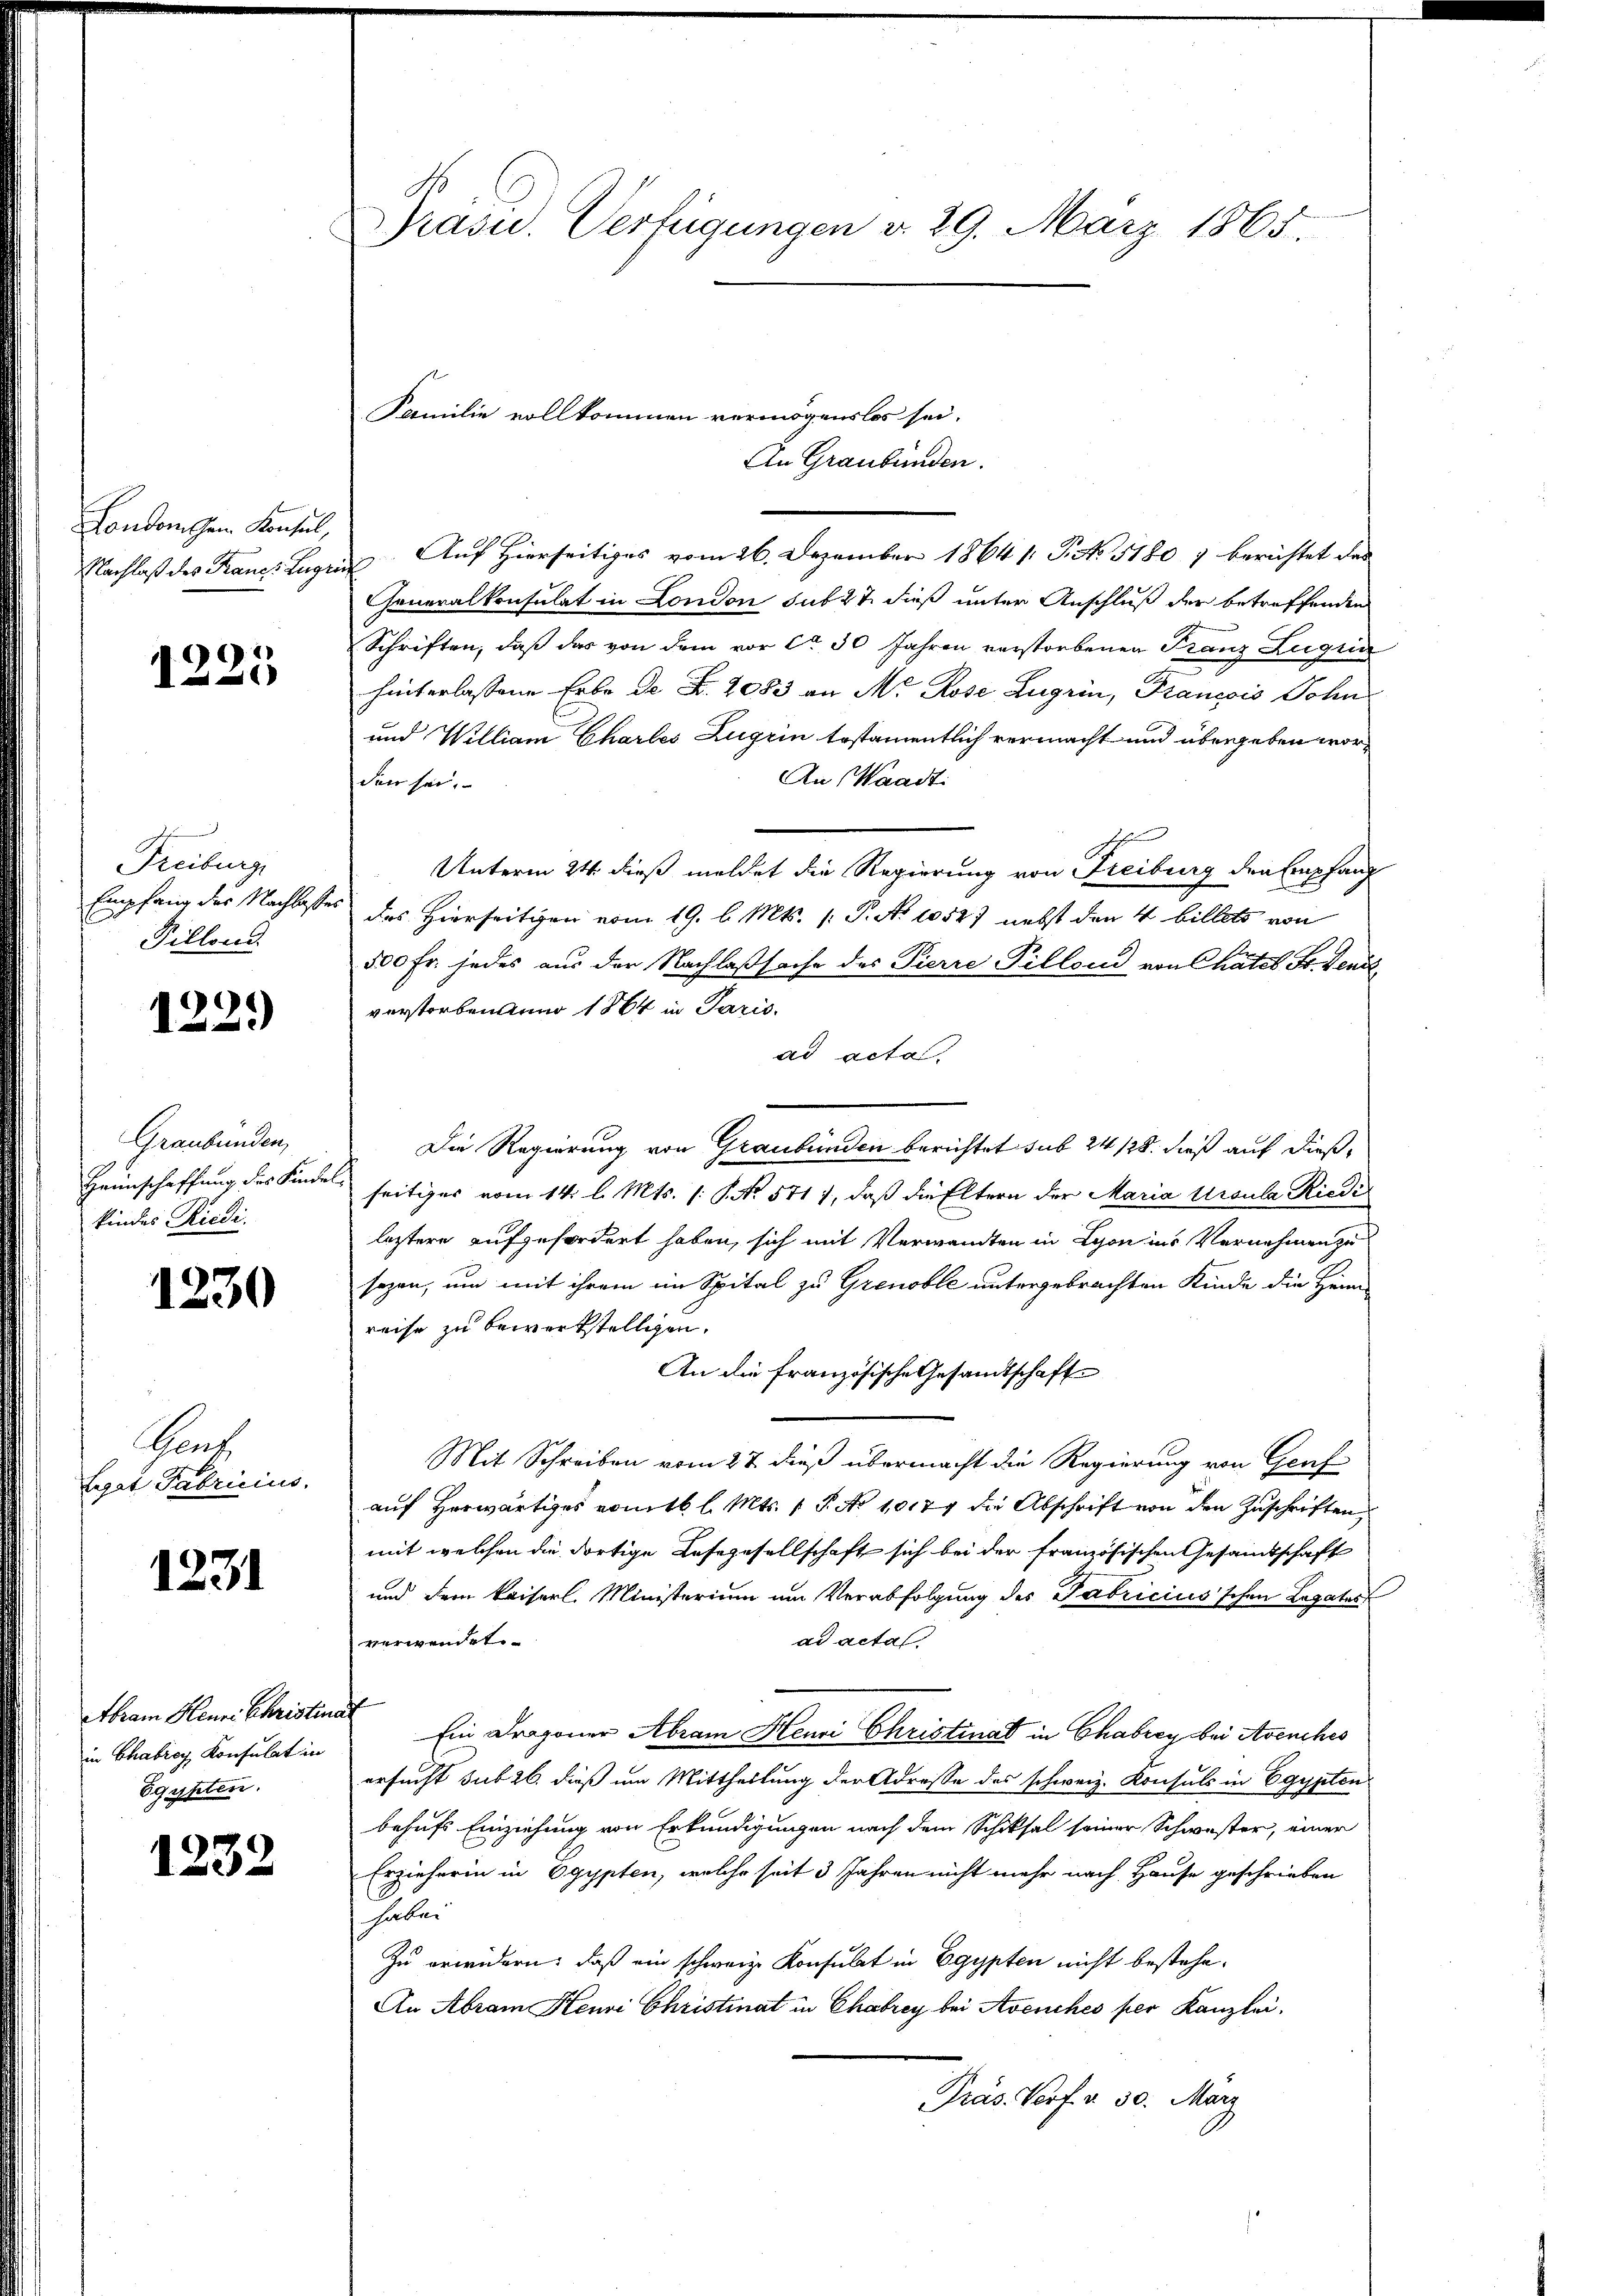
Condon dem Konsul,
Nachlaß des Francs. Zugr

1225

Freiburg
Empfang des Nachlasse
Pillon

1229

Graubünden,
Heimschaffung des Kindel
kindes Riedi

1230

Theat
Legat Fabricius,

1231

Abram Herr Christin
in Chabrey Konsulat in
Egypten.

1232

Präsid. Verfügungen d. 29. März 1865.

An Graubünden.
. Auf Hierseitiges vom 26. Dezember 1864 1: P. No. 5180) berichtet das
Generalkonsulat in London sub 27. dieß unter Anschluß der betreffenden
Schriften, daß das von dem vor ca 30 Jahren verstorbenen Franz Lugun
hinterlassene Erbe de Fr. 2083 an M. Rose Zugrin, Francois Sohn
und William Chartes Zugrin testamentlich vermacht und übergeben wor¬
An Waadt:
den sei.
Unterm 24. dieß meldet die Regierung von Freiburg den Empfang
das Hierseitigen vom 19. d. Mts. (T. No 1052) nebst den 4 billets von
500 Fr. jedes aus der Nachlaßsache des Pierre Pillond von Chatel Fr. Denzl
verstorbenden 1864 in Paris,
ad acta
Die Regierung von Graubünden berichtet sub 24 128. dieß auf dießseitiges vom 14. l. Mts. (: P. No. 5711, daß die Eltern der Maria Ursula Riedi
leztere aufzufordert haben, sich mit Verwandten in Lyon ins Vernehmen zu
sezen, um mit ihrem im Spital zu Grenoble untergebrachten Kinde die Heim-
reise zu bewerkstelligen.
An die französische Gesandtschaft
Mit Schreiben vom 27. dieß übermacht die Regierung von Graf
auf Herwärtiges vomtb. l. Mts. 1 S. No 1017 die Abschrift von den Zuschriften
mit welchen die dortige Lesegesellschaft sich bei der französischen Gesandtschaft
und dem kaiserl. Ministerium um Verabfolgung des Fabricius'schen Legator
verwendet
ad acta
Ein Dragoner Abram Heuri Christinat in Chabrey bei Avenches
ersucht sub 26. dieß um Mittheilung der Adresse des schweiz. Konsuls in Egypten
behufs Einziehung von Erkundigungen nach dem Schiksal seiner Schwester, einer
Erzieherin in Ogypten, welche seit 3 Jahren nicht mehr nach Hause geschrieben
haben
Zu erwidern: daß ein schweiz. Konsulat in Egypten nicht bestehe¬
An Abram Heuri Christinat in Chabrey bei Avenches per Kanzlei,
Präs. Torf a. 30. März

Familie vollkommen vermögenslos sei.